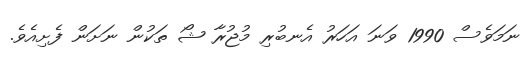
ނަމަވެސް 1990 ވަނަ އަހަރު އެނބުރި މުޖުރާ ޝޯ ތަކުން ނަށަން ފެށިއެވެ.